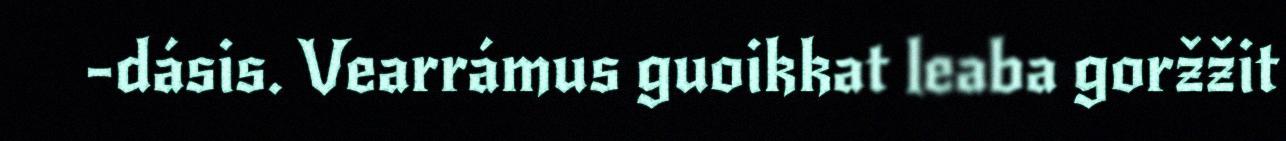
-dásis. Vearrámus guoikkat leaba goržžit